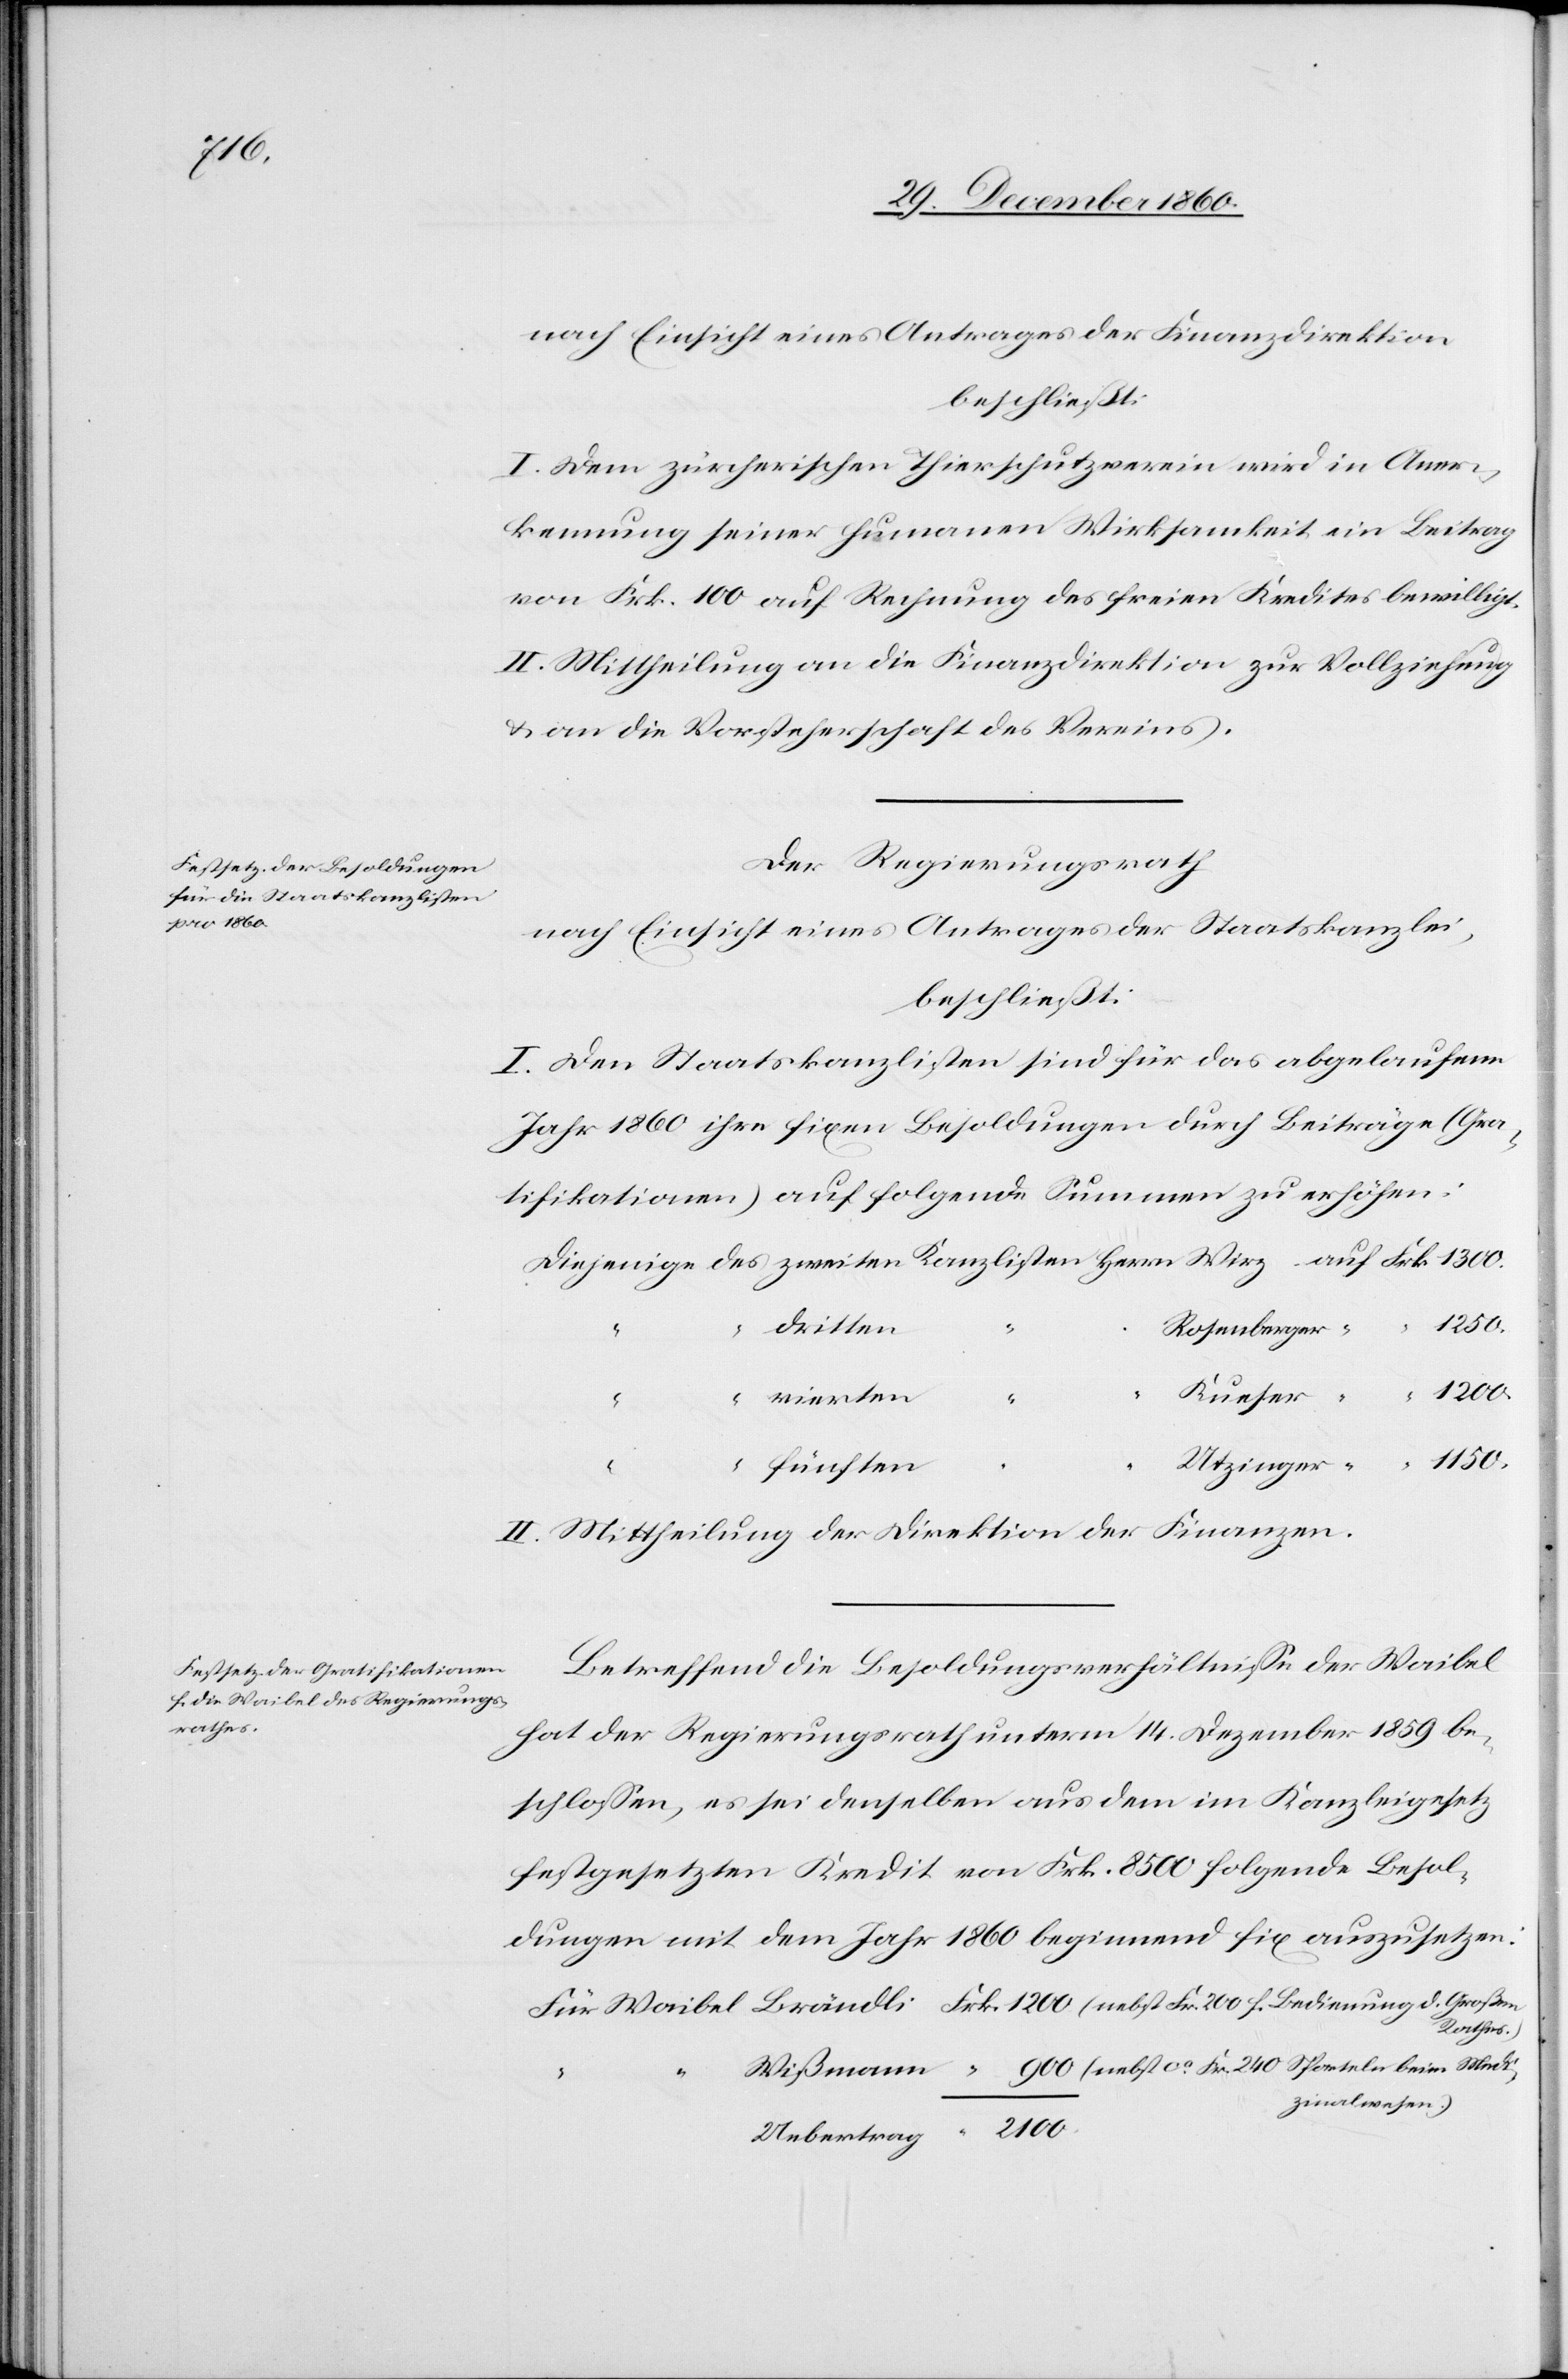
f.

nach Einsicht eines Antrages der Finanzdirektion
beschließt:
I. Dem zürcherischen Thierschutzverein wird in Aner¬
kennung seiner humanen Wirksamkeit ein Beitrag
von Frk. 100 auf Rechnung des freien Kredites bewilligt.
II. Mittheilung an die Finanzdirektion zur Vollziehung
u. an die Vorsteherschaft des Vereins.
Der Regierungsrath
nach Einsicht eines Antrages der Staatskanzlei,
beschließt:
I. Dem Staatskanzlisten sind für das abgelaufene
Jahr 1860 ihre fixen Besoldungen durch Beiträge (Gra¬
tifikationen) auf folgende Summen zu erhöhen:
dritten
Sporteln
di¬
fünften
II. Mittheilung der Direktion der Finanzen.
Betreffend die Besoldungsverhältnisse der Waibel
hat der Regierungsrath unterm 14. Dezember 1859 be¬
schlossen, es sei denselben aus dem im Kanzleigesetz
festgesetzten Kredit von Frk. 8500 folgende Besol¬
dungen mit dem Jahr 1860 beginnend fix auszusetzen:
Rathes.)
zinalwesen.)
Uebertrag